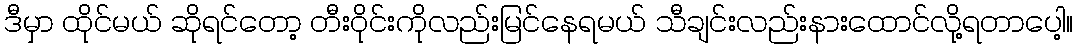
ဒီမှာ ထိုင်မယ် ဆိုရင်တော့ တီးဝိုင်းကိုလည်းမြင်နေရမယ် သီချင်းလည်းနားထောင်လို့ရတာပေါ့။